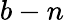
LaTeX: b-n